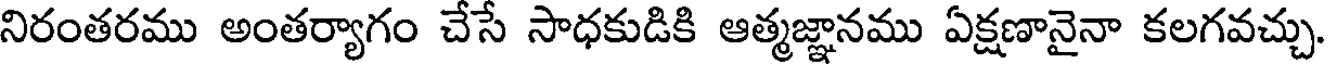
నిరంతరము అంతర్యాగం చేసే సాధకుడికి ఆత్మజ్ఞానము ఏక్షణానైనా కలగవచ్చు